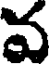
వ